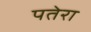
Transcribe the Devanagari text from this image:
पतेरा